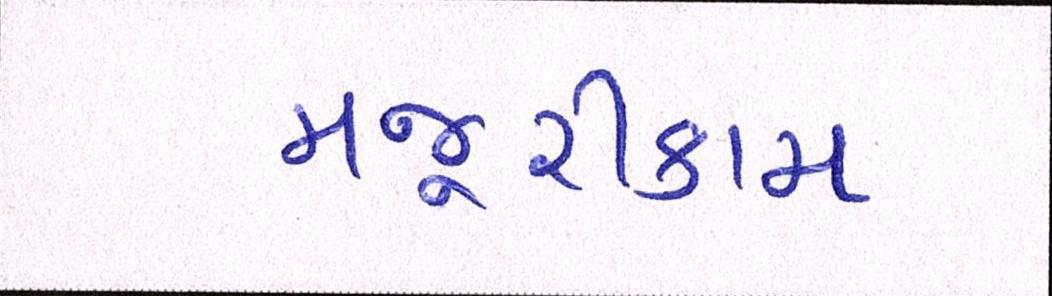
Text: મજૂરીકામ